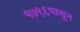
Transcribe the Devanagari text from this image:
१७९६पासून